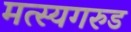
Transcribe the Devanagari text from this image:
मत्स्यगरुड